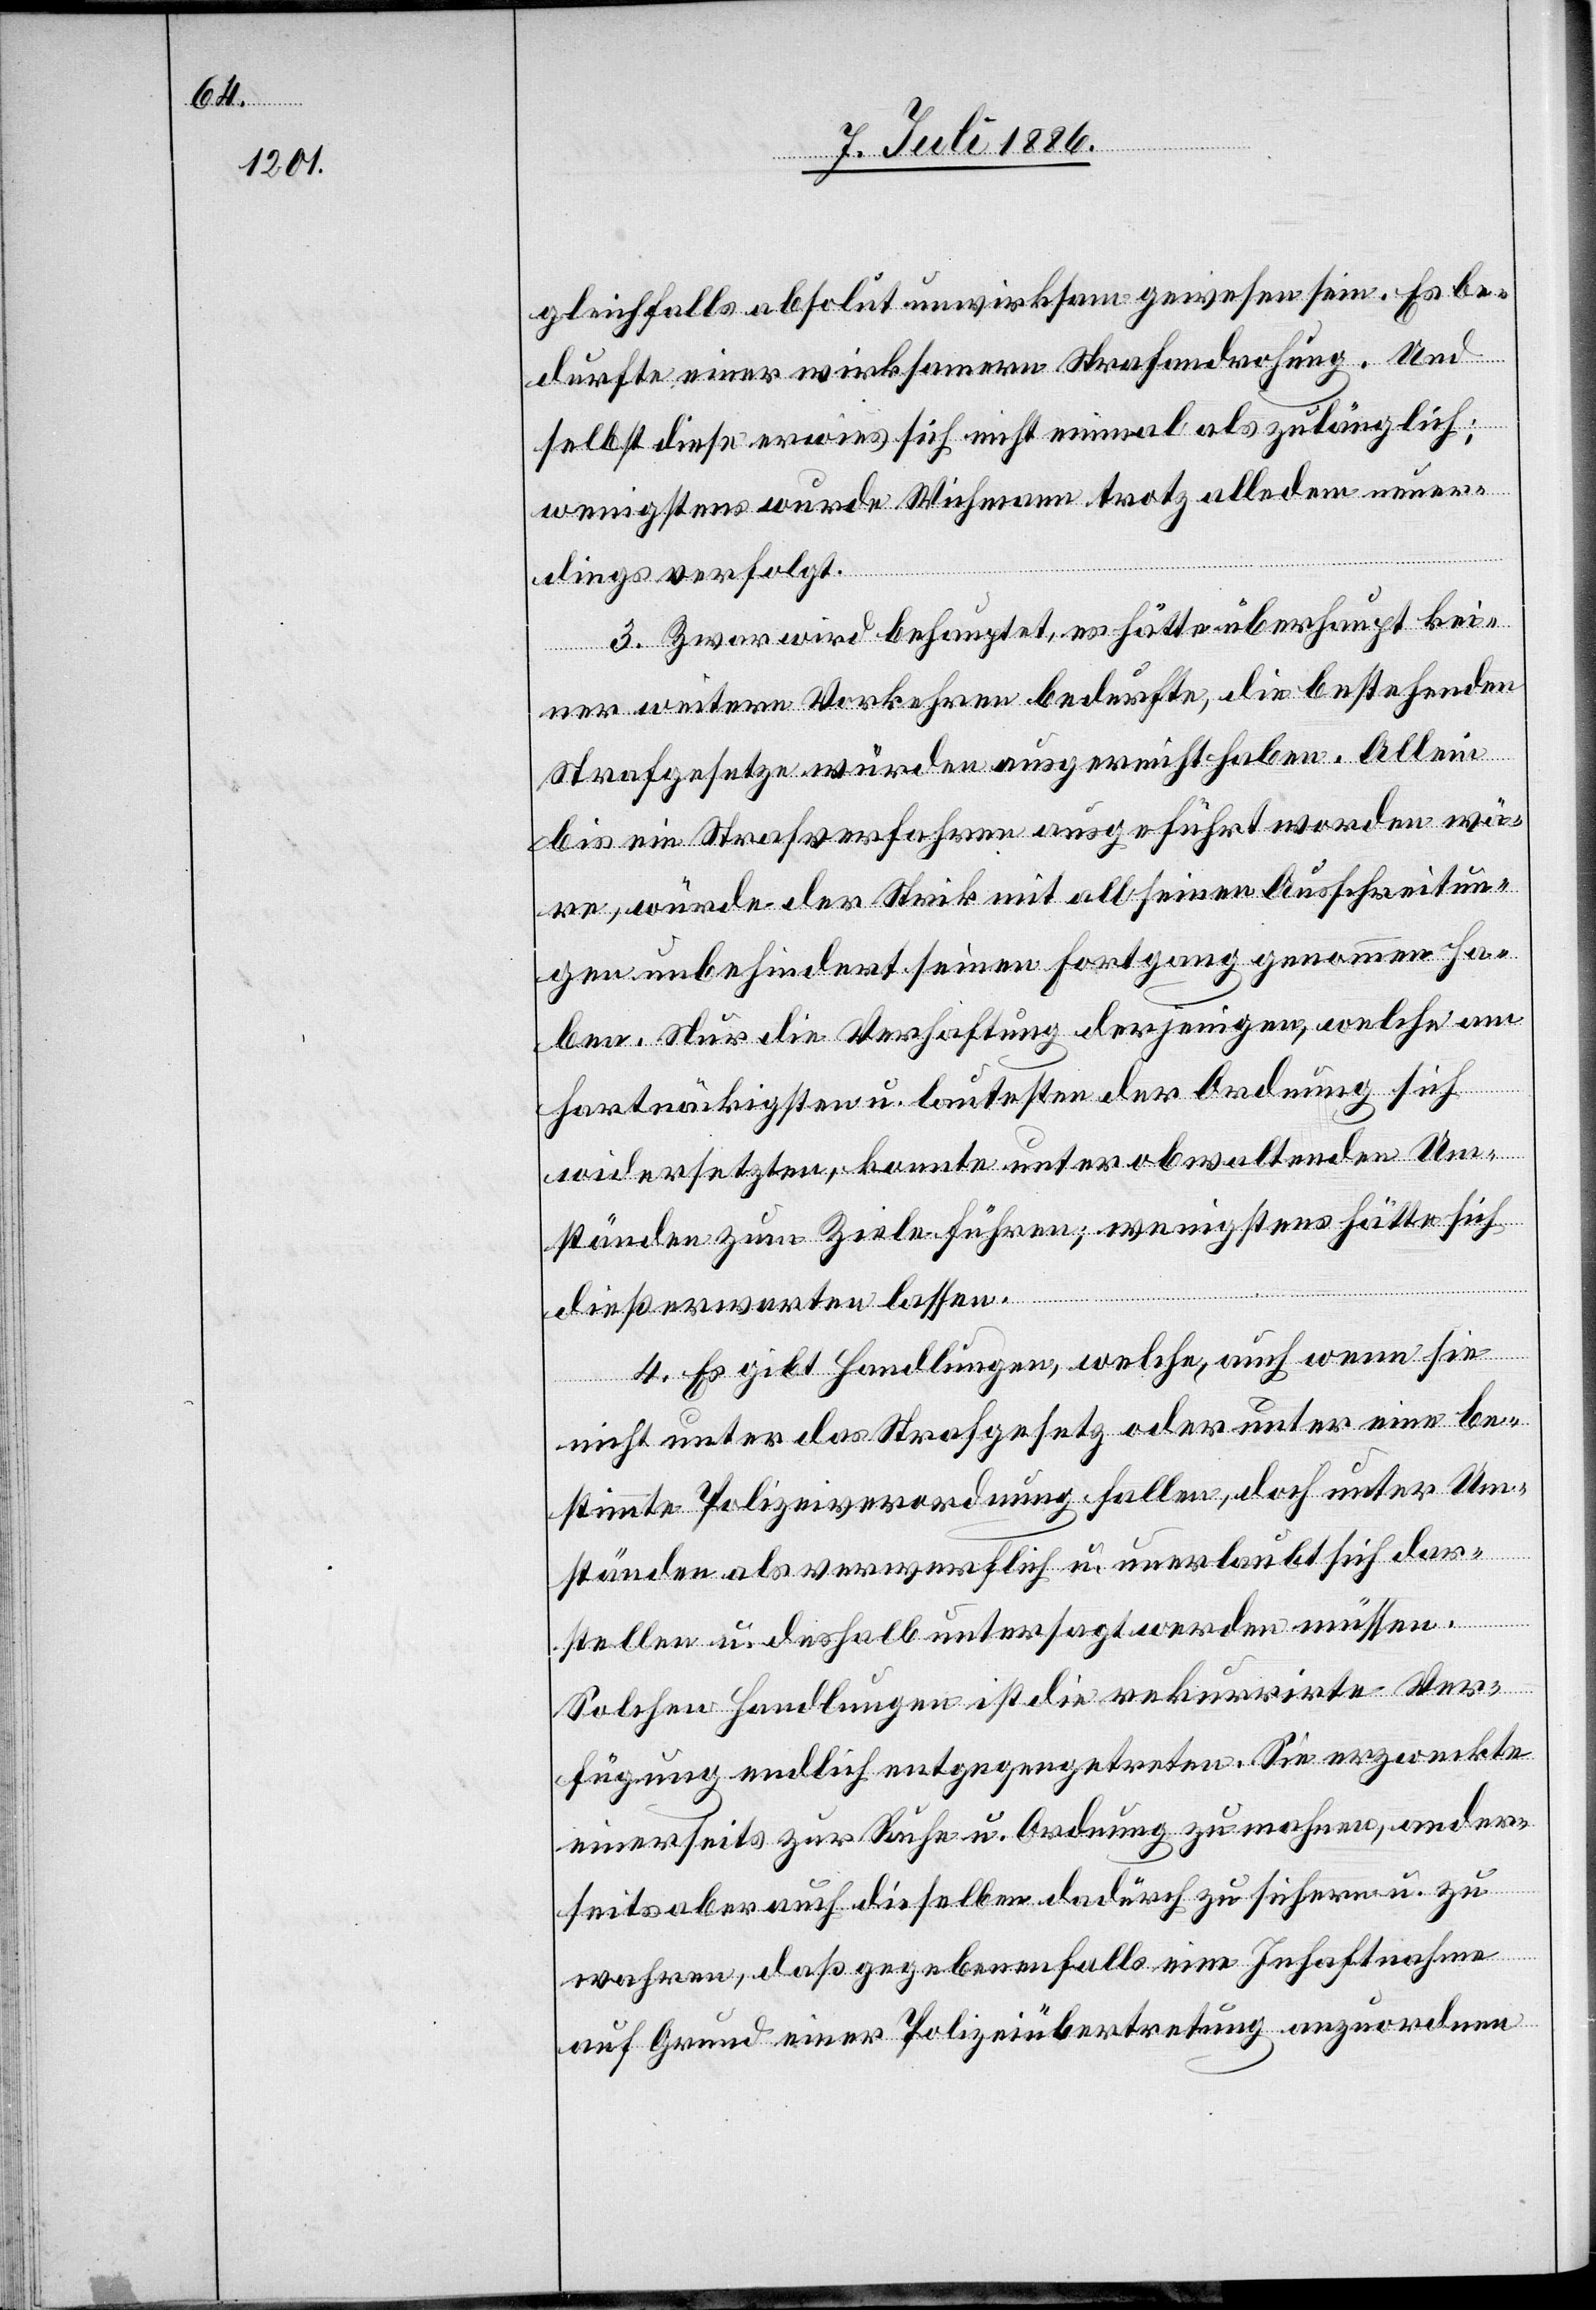
gleichfalls absolut unwirksam gewesen sein. Es be¬
durfte einer wirksamern Strafandrohung. Und
selbst diese erwies sich nicht einmal als zulänglich;
wenigstens wurde Wichmann trotz alledem neuer¬
dings verfolgt.
3. Zwar wird behauptet, es hätte überhaupt kei¬
ner weitern Vorkehren bedurfte [recte: bedurft], die bestehenden
Strafgesetze würden ausgereicht haben. Allein
bis ein Strafverfahren ausgeführt worden wä¬
re, würde der Strik mit all seinen Ausschreitun¬
gen unbehindert seinen Fortgang genommen ha¬
ben. Nur die Verhaftung derjenigen, welche am
hartnäckigsten u. lautesten der Ordnung sich
widersetzten, konnte unter obwaltenden Um¬
ständen zum Ziele führen; wenigstens hätte sich
zu
dieß erwarten lassen.
4. Es gibt Handlungen, welche, auch wenn sie
nicht unter das Strafgesetz oder unter eine be¬
stimmte Polizeiverordnung fallen, doch unter Um¬
ständen als verwerflich u. unerlaubt sich dar¬
stellen u. deshalb untersagt werden müssen.
Solchen Handlungen ist die rekurrirte Ver¬
fügung endlich entgegengetreten. Sie erzweckte
einerseits zur Ruhe u. Ordnung zu mahnen, ander¬
seits aber auch dieselben dadürch [recte: d¬
wahren, daß gegebenenfalls eine Inhaftnahme
auf Grund einer Polizeiübertretung anzuordnen